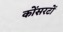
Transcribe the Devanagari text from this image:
कोंसरटों